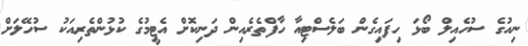
ނިއުގެ ސުހެއިލް ބޯޅަ ހިފައިގެން ބަލެސްޓިއާ ހާފްތެރެއިން ދަނިކޮށް އެޓީމުގެ ކުޅުންތެރިއަކު ސުހޭލަށް